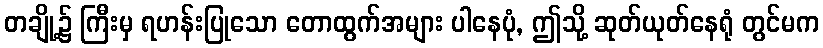
တချို့၌ ကြီးမှ ရဟန်းပြုသော တောထွက်အများ ပါနေပုံ, ဤသို့ ဆုတ်ယုတ်နေရုံ တွင်မက